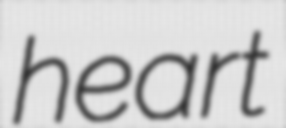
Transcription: heart